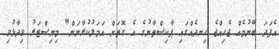
އެފަދަ ބޭނުމެއް ޖެހިއްޖެ ހިނދެއްގައި ޕާކިސްތާނުގެ އެ ގޮތަށް އަމަލުކުރާނަން" މިނިސްޓަރު ވިދާޅުވި